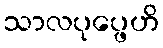
သာလပုပ္ဖေဟိ